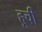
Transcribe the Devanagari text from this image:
हूची